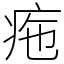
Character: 𤵚